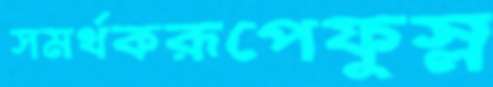
সমর্থকরূপেফুস্‌ল